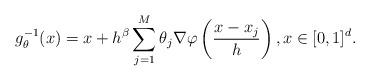
LaTeX: \begin{align*}g_\theta^{-1}(x) = x + h^\beta \sum\limits_{j=1}^M \theta_j \nabla \varphi \left( \frac{x - x_j}h \right),x \in [0, 1]^d.\end{align*}